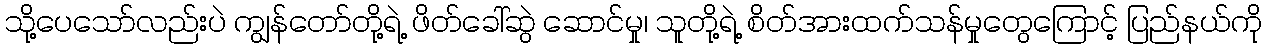
သို့ပေသော်လည်းပဲ ကျွန်တော်တို့ရဲ့ ဖိတ်ခေါ်ဆွဲ ဆောင်မှု၊ သူတို့ရဲ့ စိတ်အားထက်သန်မှုတွေကြောင့် ပြည်နယ်ကို